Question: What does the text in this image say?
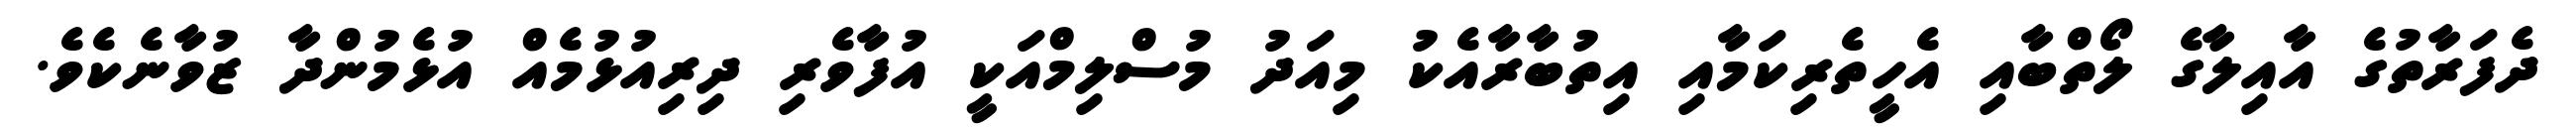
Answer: ދެފަރާތުގެ އާއިލާގެ ލޯތްބާއި އެހީތެރިކަމާއި އިތުބާރާއެކު މިއަދު މުސްލިމްއަކީ އުފާވެރި ދިރިއުޅުމެއް އުޅެމުންދާ ޒުވާނެކެވެ.